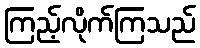
ကြည့်လိုက်ကြသည်